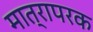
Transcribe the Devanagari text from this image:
मात्रापरक